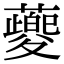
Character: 䕫